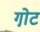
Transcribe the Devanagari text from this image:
गो़ट